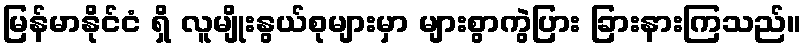
မြန်မာနိုင်ငံ ရှိ လူမျိုးနွယ်စုများမှာ များစွာကွဲပြား ခြားနားကြသည်။